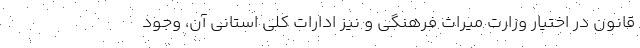
قانون در اختیار وزارت میراث فرهنگی و نیز ادارات کلی استانی آن، وجود